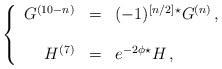
LaTeX: \begin{align*}\left\{\begin{array}{rcl}G^{(10-n)} & = & (-1)^{\left[n/2\right]} {}^{\star}G^{(n)}\, , \\& & \\H^{(7)} & = & e^{-2\phi} {}^{\star} H\, ,\\\end{array}\right.\end{align*}